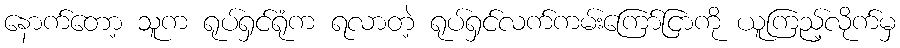
နောက်တော့ သူက ရုပ်ရှင်ရုံက ရလာတဲ့ ရုပ်ရှင်လက်ကမ်းကြော်ငြာကို ယူကြည့်လိုက်မှ